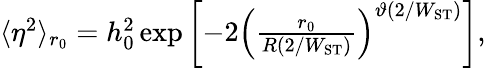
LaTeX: \begin{array}{r}{\langle\eta^{2}\rangle_{r_{0}}=h_{0}^{2}\exp\left[-2\left(\frac{r_{0}}{R(2/W_{\mathrm{ST}})}\right)^{\vartheta(2/W_{\mathrm{ST}})}\right],}\end{array}